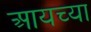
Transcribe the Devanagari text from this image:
आयच्या